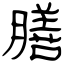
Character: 膳